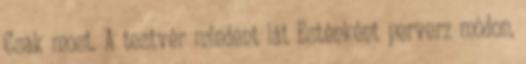
Csak most. A testvér mindent lát Esténként perverz módon,